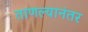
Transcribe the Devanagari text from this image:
ताणल्यानंतर